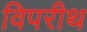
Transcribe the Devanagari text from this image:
विपरीथ